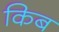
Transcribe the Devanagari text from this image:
किब